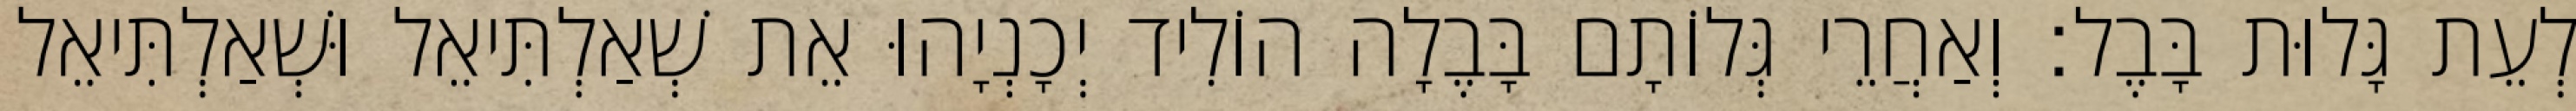
לְעֵת גָּלוּת בָּבֶל׃ וְאַחֲרֵי גְּלוֹתָם בָּבֶלָה הוֹלִיד יְכָנְיָהוּ אֵת שְׁאַלְתִּיאֵל וּשְׁאַלְתִּיאֵל